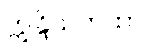
ဣန္ဒြိယကထာ။